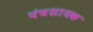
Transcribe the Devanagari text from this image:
पंचशायक